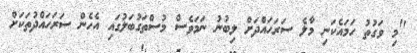
"މި ވަގުތު ހަމައެކަނި މާލެ ސަރަހައްދަށް ލިބުނު ނަމަވެސް މުސްތަގުބަލުގައި އެހެން ސަރަހައްދުތަކަށް